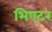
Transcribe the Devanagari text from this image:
भिएटर